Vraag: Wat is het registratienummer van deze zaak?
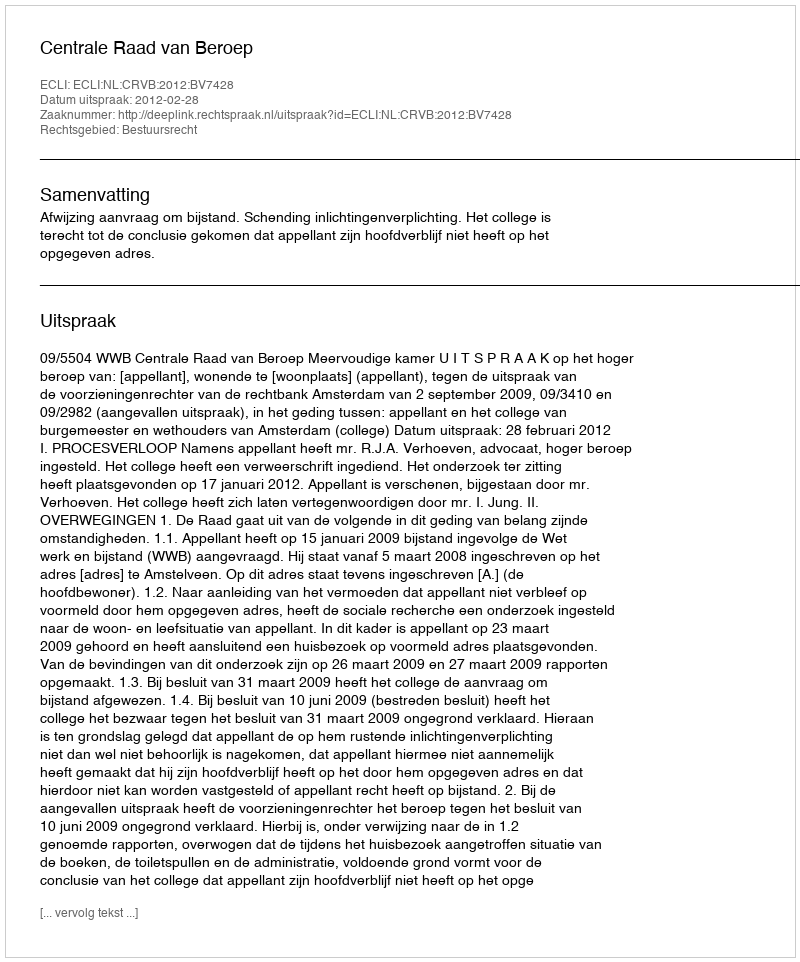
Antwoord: http://deeplink.rechtspraak.nl/uitspraak?id=ECLI:NL:CRVB:2012:BV7428